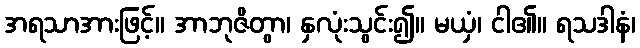
အရသာအားဖြင့်။ အာဘုဇိတွာ၊ နှလုံးသွင်း၍။ မယှံ၊ ငါ၏။ ရသဒါနံ၊